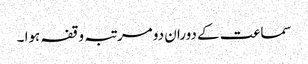
سماعت کے دوران دو مرتبہ وقفہ ہوا ۔